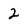
Character: 2